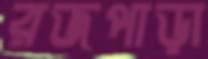
রজপাড়া